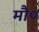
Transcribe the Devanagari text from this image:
मौ०